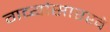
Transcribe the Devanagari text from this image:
गव्यांसारखे